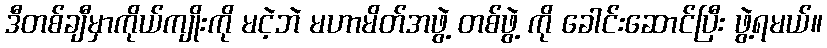
ဒီတစ်ချီမှာကိုယ်ကျိုးကို မငဲ့ဘဲ မဟာမိတ်အဖွဲ့ တစ်ဖွဲ့ ကို ခေါင်းဆောင်ပြီး ဖွဲ့ရမယ်။